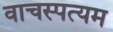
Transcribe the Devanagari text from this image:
वाचस्पत्यम